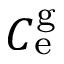
C _ { \mathrm { e } } ^ { \mathrm { g } }